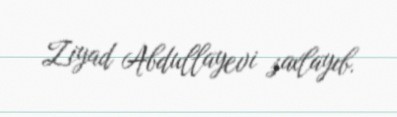
Ziyad Abdullayevi saxlayıb.